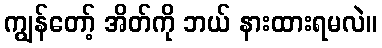
ကျွန်တော့် အိတ်ကို ဘယ် နားထားရမလဲ။